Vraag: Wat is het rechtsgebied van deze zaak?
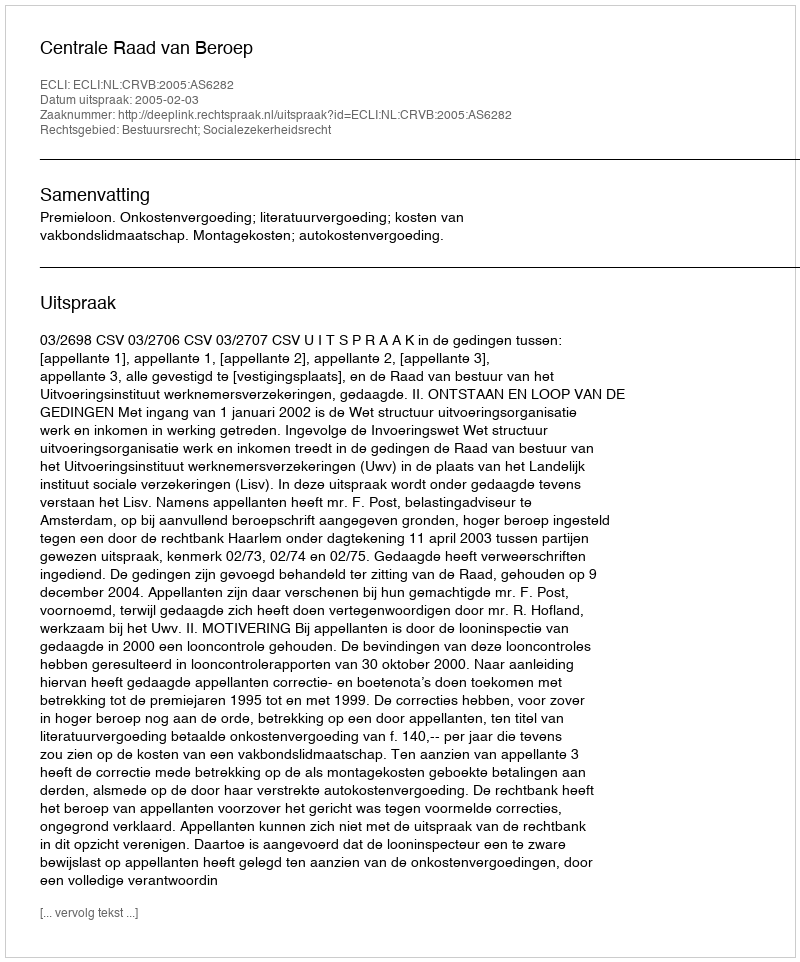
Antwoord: Bestuursrecht; Socialezekerheidsrecht